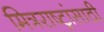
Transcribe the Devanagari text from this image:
मित्रराष्ट्रांसाठी